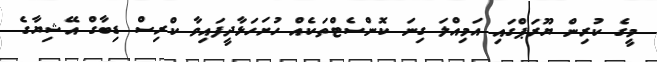
މީގެ ކުރިން ޔޫރަޕްގައި އަމިއްލަ ގިނަ ކޮންސެޓްތަކެއް ހުށަހަޅާދީފައިވާ ކްރިސް ޑިބާގް އޭޝިޔާގެ